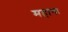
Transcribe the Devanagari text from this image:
महागा